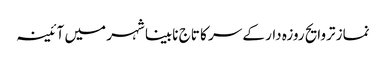
نماز تروایح روزہ دار کے سر کا تاج	 نابینا شہر میں آئینہ